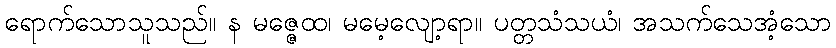
ရောက်သောသူသည်။ န မဇ္ဇေထ၊ မမေ့လျော့ရာ။ ပတ္တသံသယံ၊ အသက်သေအံ့သော